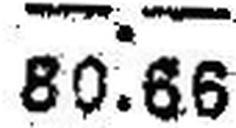
80.66